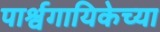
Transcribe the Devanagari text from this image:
पार्श्वगायिकेच्या